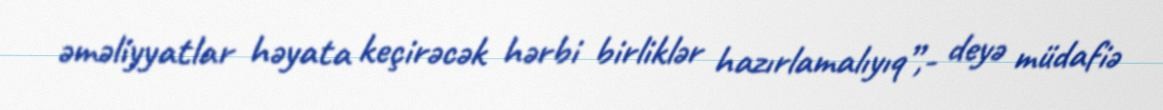
əməliyyatlar həyata keçirəcək hərbi birliklər hazırlamalıyıq”,- deyə müdafiə